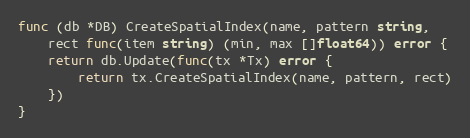
Language: Go
func (db *DB) CreateSpatialIndex(name, pattern string,
	rect func(item string) (min, max []float64)) error {
	return db.Update(func(tx *Tx) error {
		return tx.CreateSpatialIndex(name, pattern, rect)
	})
}